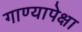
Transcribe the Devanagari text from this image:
गाण्यापेक्षा